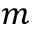
m